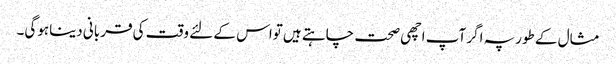
مثال کے طورپہ اگر آپ اچھی صحت چاہتے ہیں تواس کے لئے وقت کی قربانی دیناہوگی۔